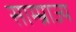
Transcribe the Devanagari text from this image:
साम्म्राज्य